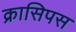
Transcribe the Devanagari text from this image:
क्रासिपस